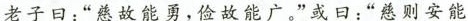
老子曰：”慈故能勇，俭故能广。”或日：”慈则安能